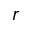
r